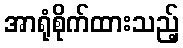
အာရုံစိုက်ထားသည့်